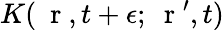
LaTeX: K(\mathrm{~\mathbf~r~},t+\epsilon;\mathrm{~\mathbf~r~}^{\prime},t)